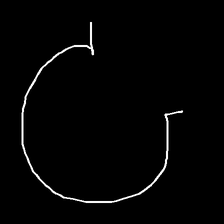
Glyph: weave